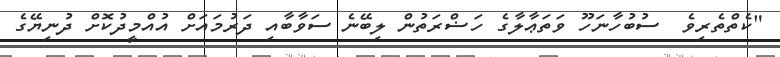
"ކެތްތެރިވެ  ސުބުހާނަހޫ ވަތަޢާލާގެ ހަޟްރަތުން ލިބޭނެ ސަވާބާއި ދަރުމައަށް އުއްމީދުކޮށް ދުނިޔޭގެ